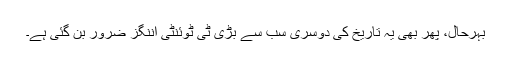
بہرحال، پھر بھی یہ تاریخ کی دوسری سب سے بڑی ٹی ٹوئنٹی اننگز ضرور بن گئی ہے۔